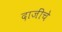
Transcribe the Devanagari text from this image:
दाजींचे